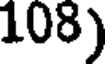
108)